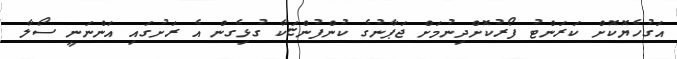
އަގުހެޔޮކޮށް ކަރަންޓު ފޯރުކޮށްދިނުމަށް ޖަޕާނުގެ ކުންފުންޏަކާ ގުޅިގެން އެ ރަށުގައި އަންނަނީ ސޯލާ